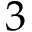
3